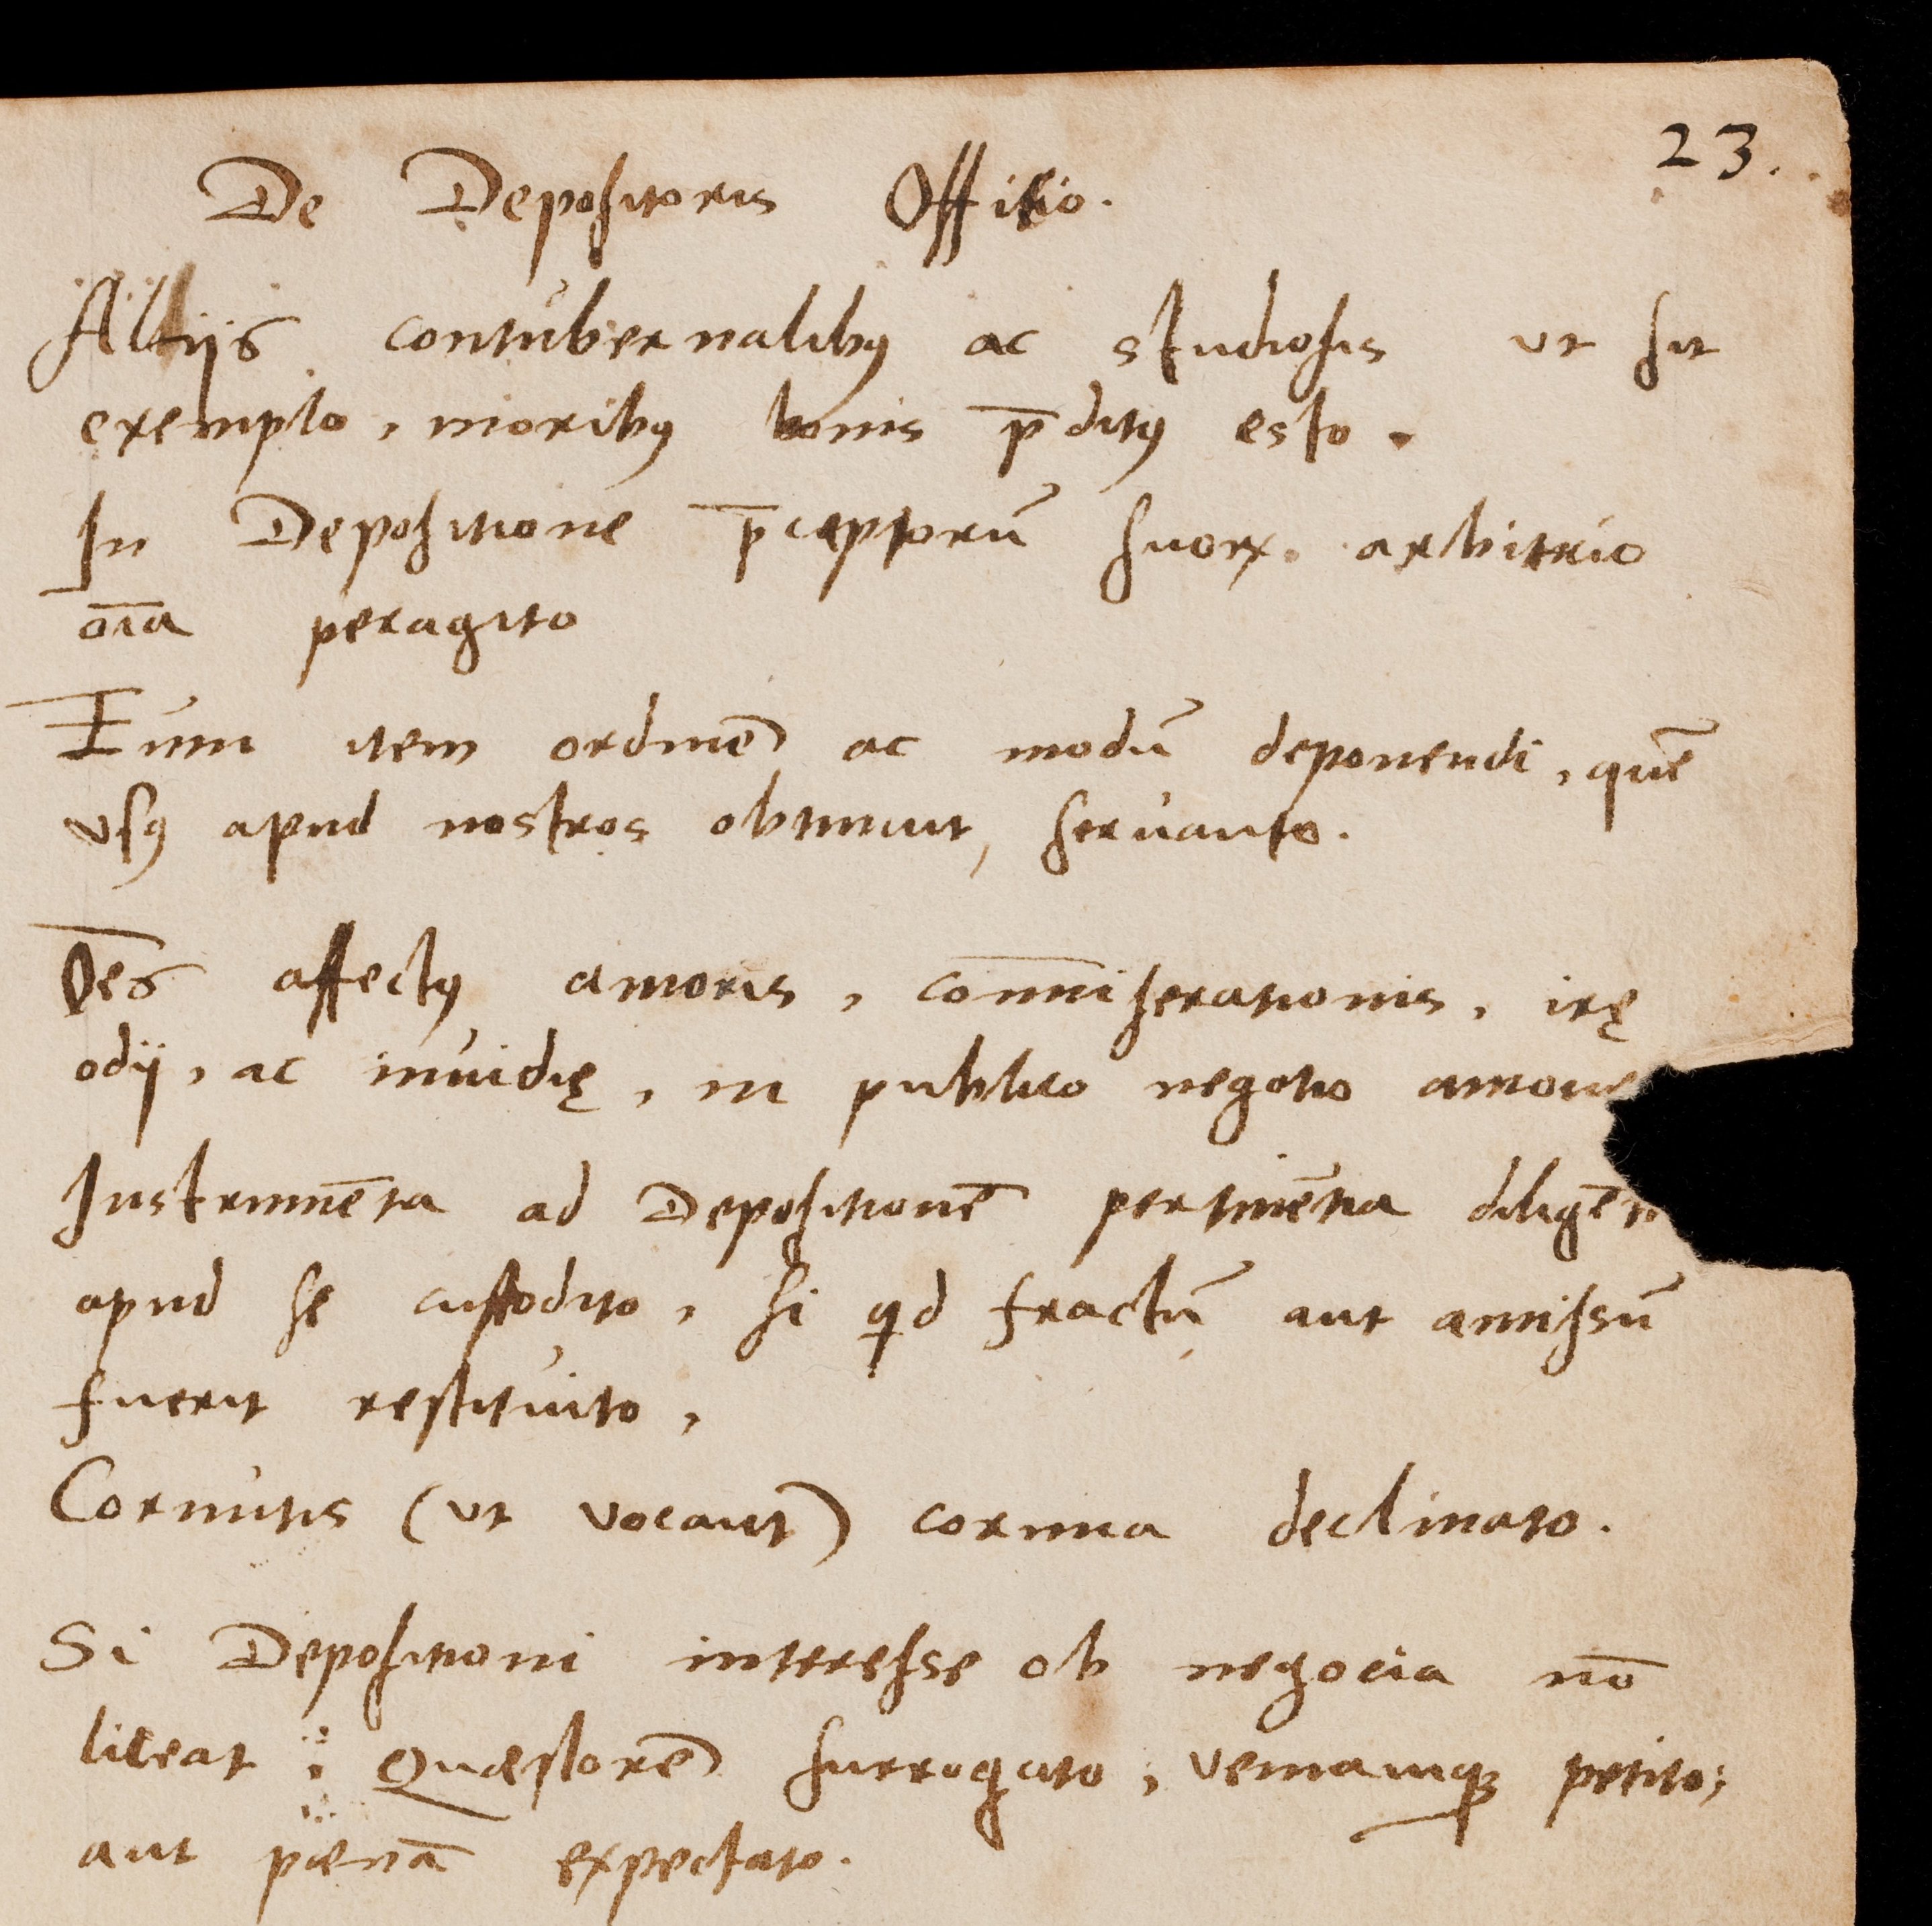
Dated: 1543–1672